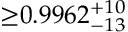
{ \geq } 0 . 9 9 6 2 _ { - 1 3 } ^ { + 1 0 }